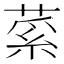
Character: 𦷲